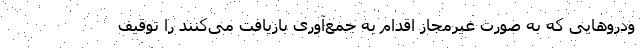
ودروهایی که به صورت غیرمجاز اقدام به جمع‌آوری بازیافت می‌کنند را توقیف